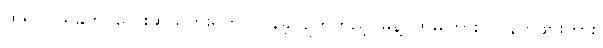
ထိုရပ်ဝယ်နှိုက်၊ လေးဆယ်ကိုးရက်၊ လွန်ခဲ့လျက်တည့်၊ မိန့်ပွက်မကြား၊ လူနတ်ဖျားကား၊